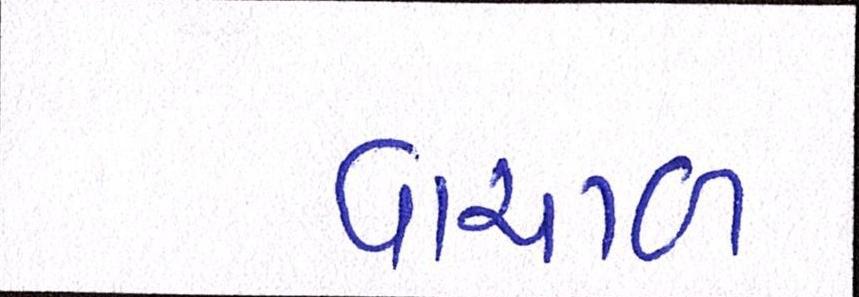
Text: વાચાળ